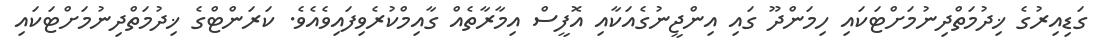
ގަޑިއިރުގެ ޚިދުމަތްދިނުމަށްޓަކައި ހިމަންދޫ ގައި އިންޖީނުގެއަކާއި އޮފީސް އިމާރާތެއް ގާއިމްކުރެވިފައިވެއެވެ. ކަރަންޓްގެ ޚިދުމަތްދިނުމަށްޓަކައި